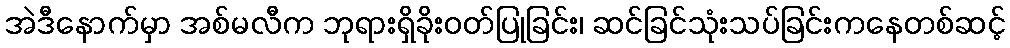
အဲဒီနောက်မှာ အစ်မလီက ဘုရားရှိခိုးဝတ်ပြုခြင်း၊ ဆင်ခြင်သုံးသပ်ခြင်းကနေတစ်ဆင့်